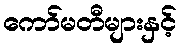
ကော်မတီများနှင့်